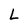
Character: L